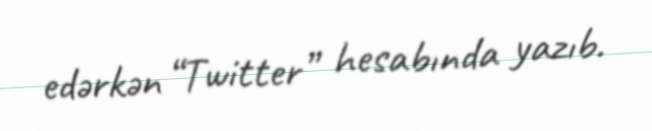
edərkən “Twitter” hesabında yazıb.